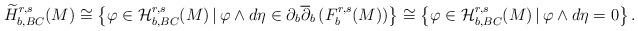
LaTeX: \begin{align*}\widetilde{H}_{b,BC}^{r,s}(M)\cong\left\{\varphi\in\mathcal{H}_{b,BC}^{r,s}(M)\,|\,\varphi\wedge d\eta\in\partial_b\overline{\partial}_b\left(F_b^{r,s}(M)\right)\right\}\cong\left\{\varphi\in\mathcal{H}^{r,s}_{b,BC}(M)\,|\,\varphi\wedge d\eta=0\right\}.\end{align*}